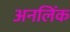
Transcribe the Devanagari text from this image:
अनलिंक